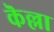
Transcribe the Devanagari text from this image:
कॆल्ला